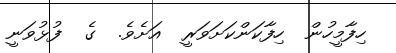
ހިފާމީހުން  ހިފާކަންކަށަވަރީ  އަށެވެ.  ގެ  ފުޅުވަނީ